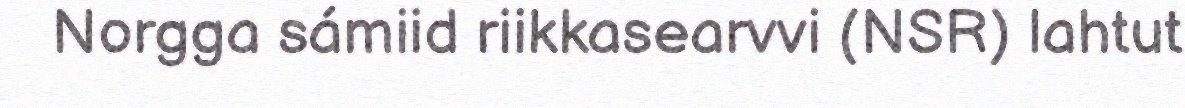
Norgga sámiid riikkasearvvi (NSR) lahtut